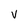
Character: V